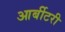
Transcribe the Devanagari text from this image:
आर्बीटरी